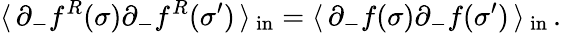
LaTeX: \langle\, \partial_{-}f^{R}(\sigma)\partial_{-}f^{R}(\sigma^{\prime})\, \rangle\, _{\mathrm{{in}}}=\langle\, \partial_{-}f(\sigma)\partial_{-}f(\sigma^{\prime})\, \rangle\, _{\mathrm{in}}\, .